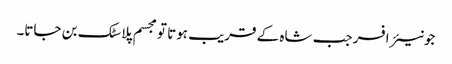
جونیئر افسر جب شاہ کے قریب ہوتا تو مجسم پلاسٹک بن جاتا۔